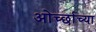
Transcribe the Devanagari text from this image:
ओर्च्छाच्या